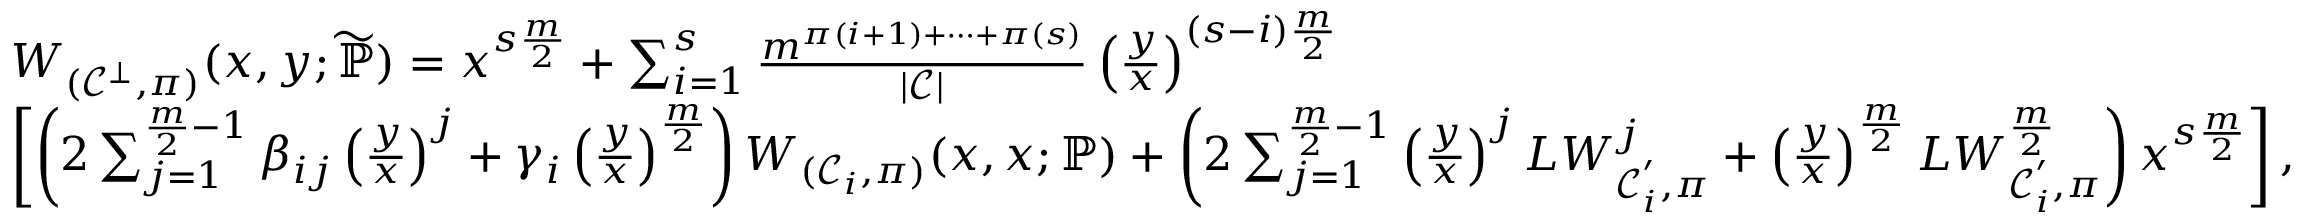
\begin{array} { r l r } & { W _ { ( \mathcal { C } ^ { \bot } , \pi ) } ( x , y ; \widetilde { \mathbb { P } } ) = x ^ { s \frac { m } { 2 } } + \sum _ { i = 1 } ^ { s } \frac { m ^ { \pi ( i + 1 ) + \cdots + \pi ( s ) } } { | \mathcal { C } | } \left( \frac { y } { x } \right) ^ { ( s - i ) \frac { m } { 2 } } } & \\ & { \left[ \left( 2 \sum _ { j = 1 } ^ { \frac { m } { 2 } - 1 } \beta _ { i j } \left( \frac { y } { x } \right) ^ { j } + \gamma _ { i } \left( \frac { y } { x } \right) ^ { \frac { m } { 2 } } \right) W _ { ( \mathcal { C } _ { i } , \pi ) } ( x , x ; \mathbb { P } ) + \left( 2 \sum _ { j = 1 } ^ { \frac { m } { 2 } - 1 } \left( \frac { y } { x } \right) ^ { j } L W _ { \mathcal { C } _ { i } ^ { ' } , \pi } ^ { j } + \left( \frac { y } { x } \right) ^ { \frac { m } { 2 } } L W _ { \mathcal { C } _ { i } ^ { ' } , \pi } ^ { \frac { m } { 2 } } \right) x ^ { s \frac { m } { 2 } } \right] , } & \end{array}